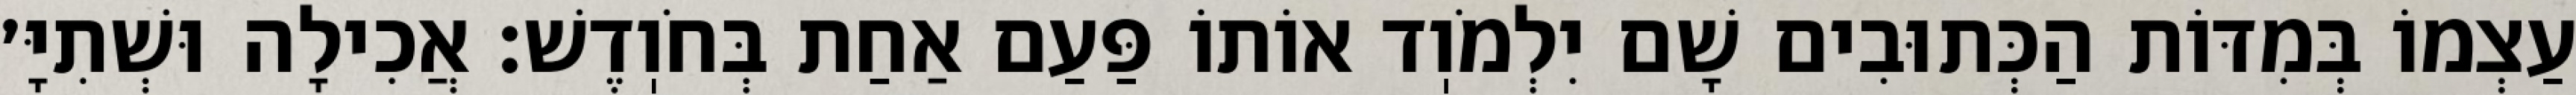
עַצְמוֹ בְּמִדּוֹת הַכְּתוּבִים שָׁם יִלְמֹוֽד אוֹתוֹ פַּעַם אַחַת בְּחֹוֽדֶשׁ: אֲכִילָה וּשְׁתִיָּ׳